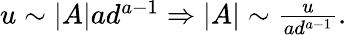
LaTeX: \begin{array}{r}{u\sim|A|ad^{a-1}\Rightarrow|A|\sim\frac{u}{ad^{a-1}}.}\end{array}